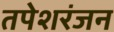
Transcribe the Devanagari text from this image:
तपेशरंजन